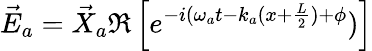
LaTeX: \vec{E}_{a}=\vec{X}_{a}\Re\left[e^{-i(\omega_{a}t-k_{a}(x+\frac{L}{2})+\phi})\right]